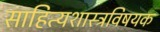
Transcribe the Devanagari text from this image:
साहित्यशास्त्रविषयक